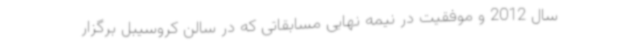
سال 2012 و موفقیت در نیمه نهایی مسابقاتی که در سالن کروسیبل برگزار